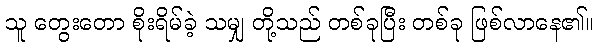
သူ တွေးတော စိုးရိမ်ခဲ့ သမျှ တို့သည် တစ်ခုပြီး တစ်ခု ဖြစ်လာနေ၏။